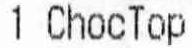
1 CHOCTOP